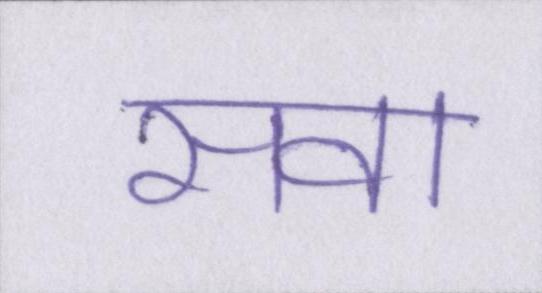
सवा